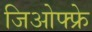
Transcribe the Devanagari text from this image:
जिओफ्फ्रे